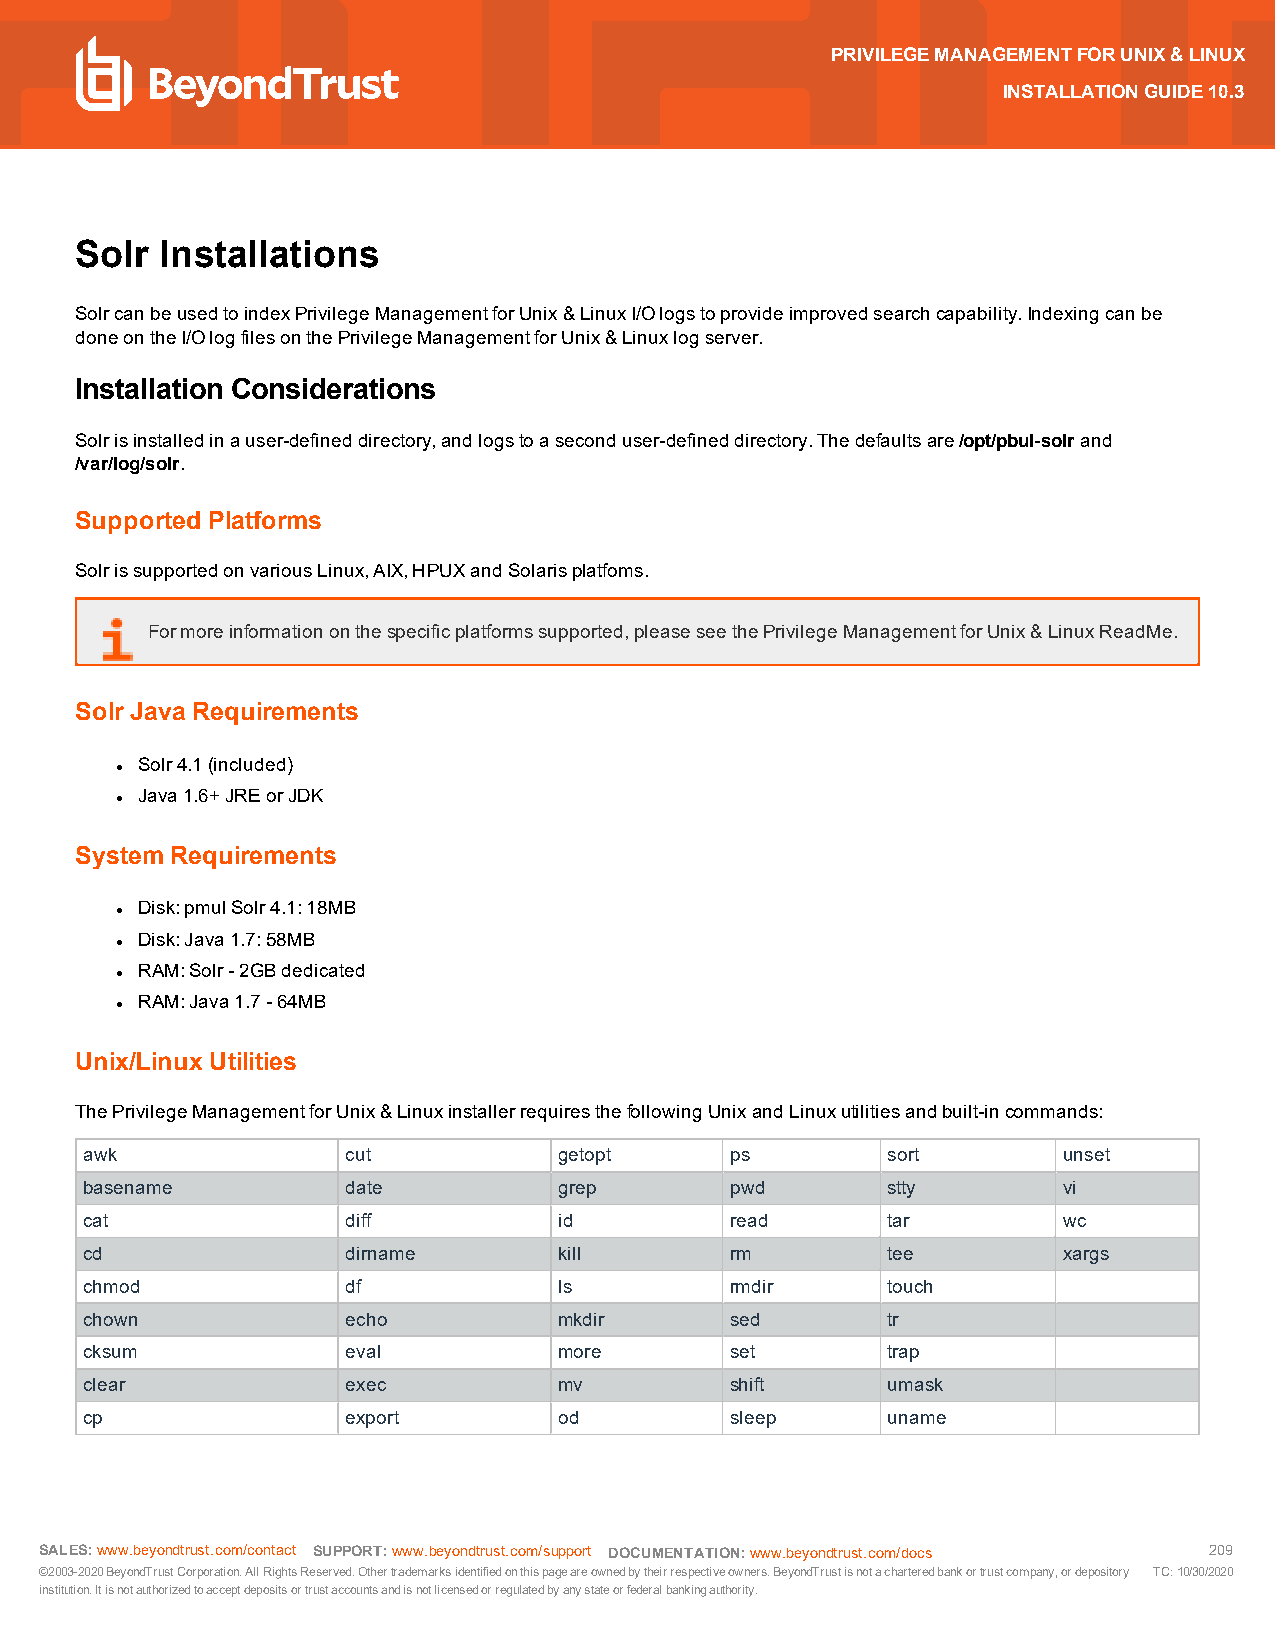
PRIVILEGEMANAGEMENTFORUNIX&LINUX
 INSTALLATIONGUIDE10.3
 Solr  Installations
 SolrcanbeusedtoindexPrivilegeManagementforUnix&LinuxI/Ologstoprovideimprovedsearchcapability.Indexingcanbe
 doneontheI/OlogfilesonthePrivilegeManagementforUnix&Linuxlogserver.
 Installation Considerations
 Solrisinstalledinauser-defineddirectory,andlogstoaseconduser-defineddirectory.Thedefaultsare/opt/pbul-solrand
 /var/log/solr.
 Supported Platforms
 SolrissupportedonvariousLinux,AIX,HPUXandSolarisplatfoms.
 Formoreinformationonthespecificplatformssupported,pleaseseethePrivilegeManagementforUnix&LinuxReadMe.
 SolrJava Requirements
 Solr4.1(included)
 l
 Java1.6+JREorJDK
 l
 SystemRequirements
 Disk:pmulSolr4.1:18MB
 l
 Disk:Java1.7:58MB
 l
 RAM:Solr-2GBdedicated
 l
 RAM:Java1.7-64MB
 l
 Unix/Linux Utilities
 ThePrivilegeManagementforUnix&LinuxinstallerrequiresthefollowingUnixandLinuxutilitiesandbuilt-incommands:
 awk               cut           getopt     ps         sort       unset
 basename          date          grep       pwd        stty       vi
 cat               diff          id         read       tar        wc
 cd                dirname       kill       rm         tee        xargs
 chmod             df            ls         rmdir      touch
 chown             echo          mkdir      sed        tr
 cksum             eval          more       set        trap
 clear             exec          mv         shift      umask
 cp                export        od         sleep      uname
 SALES:www.beyondtrust.com/contact SUPPORT:www.beyondtrust.com/support DOCUMENTATION:www.beyondtrust.com/docs 209
 ©2003-2020BeyondTrustCorporation.AllRightsReserved.Othertrademarksidentifiedonthispageareownedbytheirrespectiveowners.BeyondTrustisnotacharteredbankortrustcompany,ordepository TC:10/30/2020
 institution.Itisnotauthorizedtoacceptdepositsortrustaccountsandisnotlicensedorregulatedbyanystateorfederalbankingauthority.